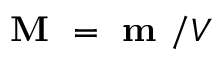
\textbf { M } = \textbf { m } / V